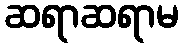
ဆရာဆရာမ